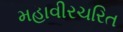
મહાવીરચરિત